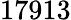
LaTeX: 17913